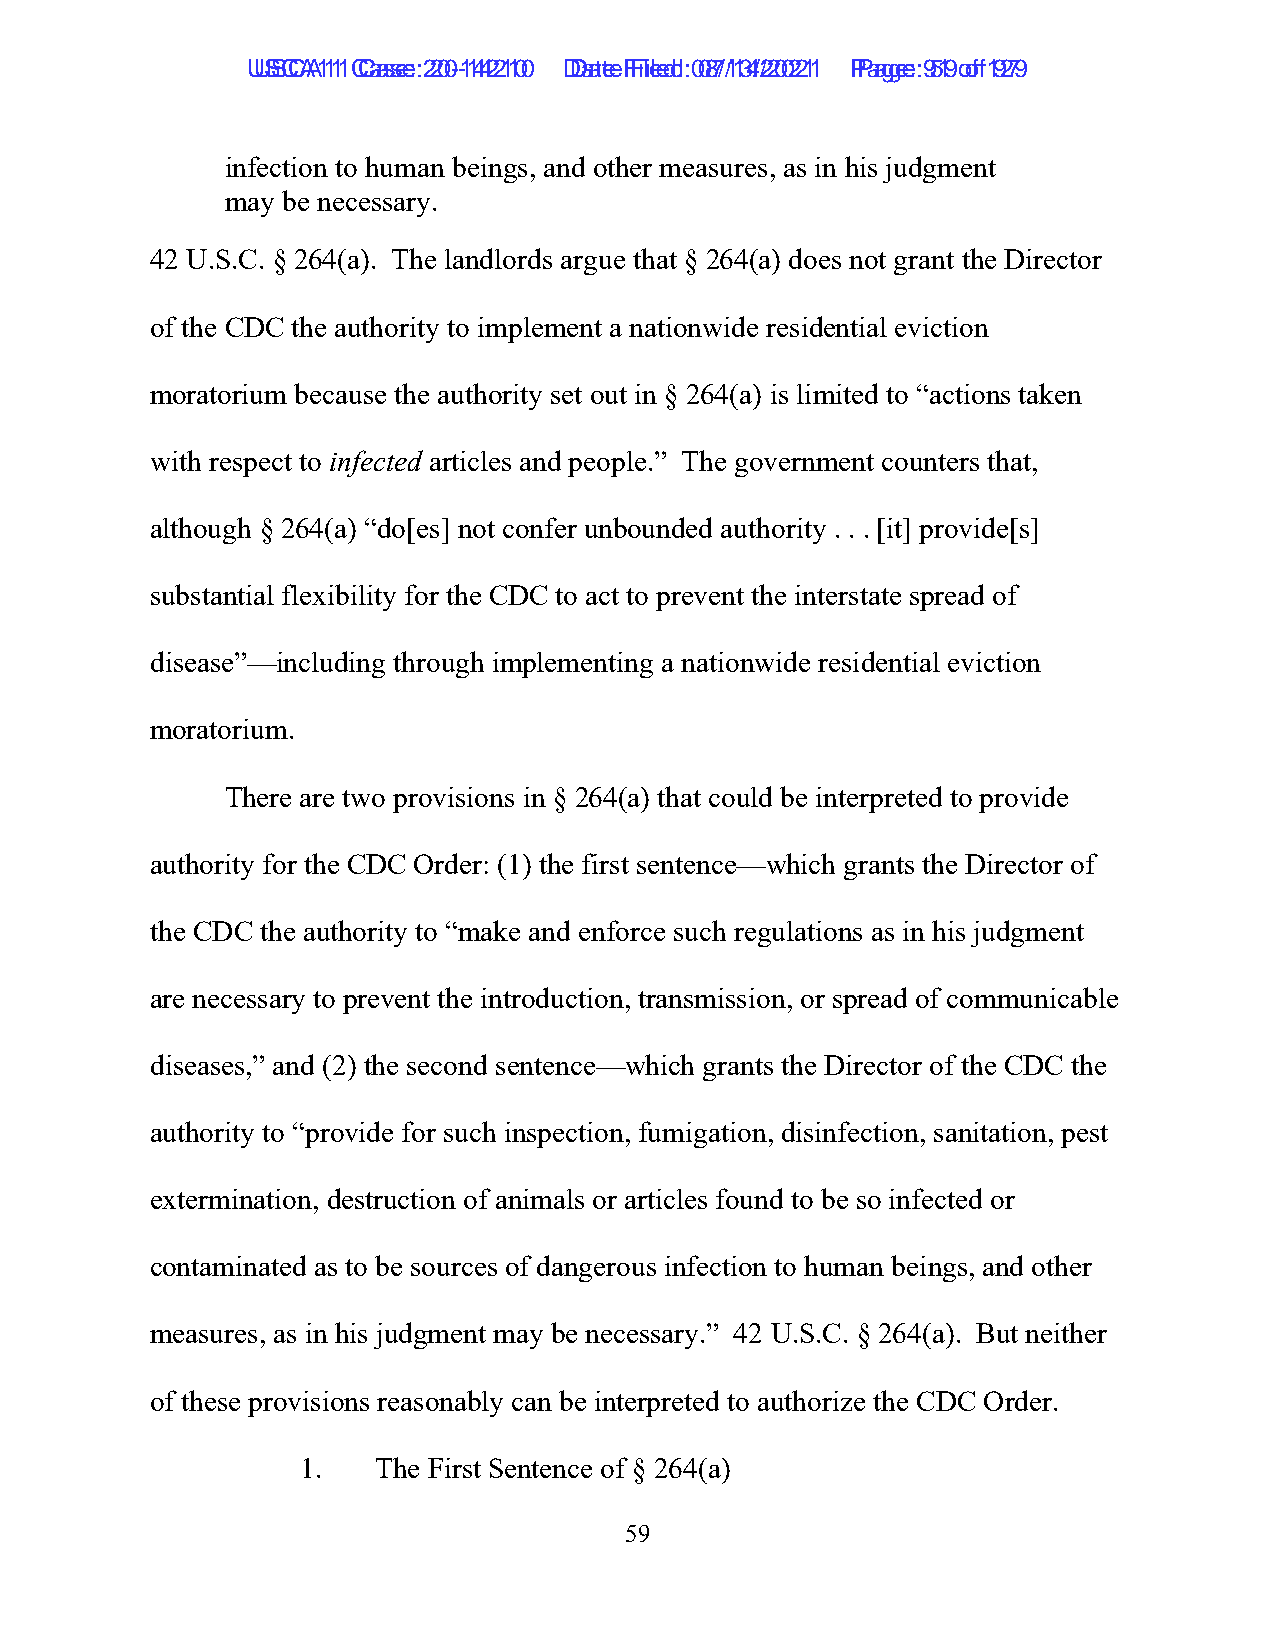
UUSSCCAA1111 C Caassee: :2 200--1144221100 D Daatete F Filieledd: :0 087/1/134/2/2002211 P Paaggee: :9 519 o of f1 9279
 infection to human beings, and other measures, as in his judgment
 may be necessary.
 42 U.S.C. § 264(a). The landlords argue that § 264(a) does not grant the Director
 of the CDC the authority to implement a nationwide residential eviction
 moratorium because the authority set out in § 264(a) is limited to “actions taken
 with respect to infected articles and people.” The government counters that,
 although § 264(a) “do[es] not confer unbounded authority . . . [it] provide[s]
 substantial flexibility for the CDC to act to prevent the interstate spread of
 disease”—including through implementing a nationwide residential eviction
 moratorium.
 There are two provisions in § 264(a) that could be interpreted to provide
 authority for the CDC Order: (1) the first sentence—which grants the Director of
 the CDC the authority to “make and enforce such regulations as in his judgment
 are necessary to prevent the introduction, transmission, or spread of communicable
 diseases,” and (2) the second sentence—which grants the Director of the CDC the
 authority to “provide for such inspection, fumigation, disinfection, sanitation, pest
 extermination, destruction of animals or articles found to be so infected or
 contaminated as to be sources of dangerous infection to human beings, and other
 measures, as in his judgment may be necessary.” 42 U.S.C. § 264(a). But neither
 of these provisions reasonably can be interpreted to authorize the CDC Order.
 1.   The First Sentence of § 264(a)
 59